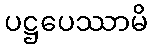
ပဋ္ဌပေဿာမိ